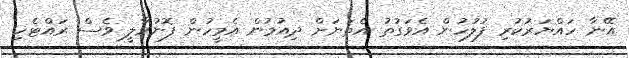
އޭނާ ހައްޔަރުކުރި ފުލުހުން އެވަގުތު އެތަނަށް ދިއުމުން އެމީހުން ފޮނުވާލީ ވެސް ރައްޓެހި